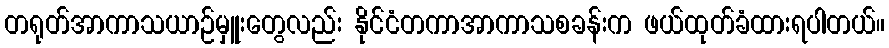
တရုတ်အာကာသယာဉ်မှူးတွေလည်း နိုင်ငံတကာအာကာသစခန်းက ဖယ်ထုတ်ခံထားရပါတယ်။